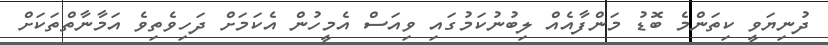
ދުނިޔަވީ ކިތަންމެ ބޮޑު މަންފާއެއް ލިބުނުކަމުގައި ވިއަސް އެމީހުން އެކަމަށް ދަހިވެތިވެ އަމާނާތްތަކަށް